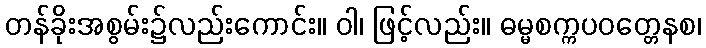
တန်ခိုးအစွမ်း၌လည်းကောင်း။ ဝါ၊ ဖြင့်လည်း။ ဓမ္မစက္ကပဝတ္တေနစ၊